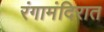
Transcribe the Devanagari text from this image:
रंगामंदिरात